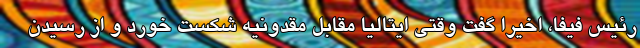
رئیس فیفا، اخیرا گفت وقتی ایتالیا مقابل مقدونیه شکست خورد و از رسیدن